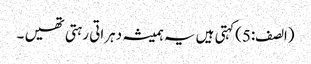
(الصف:5)کہتی ہیں یہ ہمیشہ دہراتی رہتی تھیں ۔